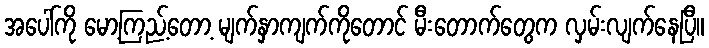
အပေါ်ကို မော့ကြည့်တော့ မျက်နှာကျက်ကိုတောင် မီးတောက်တွေက လှမ်းလျက်နေပြီ။